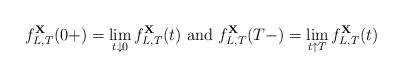
LaTeX: \begin{align*}f^\mathbf {X}_{L, T}(0+)=\lim_{t \downarrow 0}f^\mathbf {X}_{L, T}(t) ~\mbox{and}~ f^\mathbf {X}_{L, T}(T-)=\lim_{t\uparrow T}f^\mathbf {X}_{L, T}(t)\end{align*}